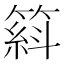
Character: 𥱦